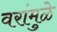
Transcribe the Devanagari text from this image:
वरांमुळे